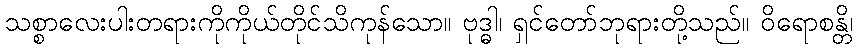
သစ္စာလေးပါးတရားကိုကိုယ်တိုင်သိကုန်သော။ ဗုဒ္ဓါ၊ ရှင်တော်ဘုရားတို့သည်။ ဝိရောစန္တိ၊